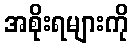
အစိုးရများကို